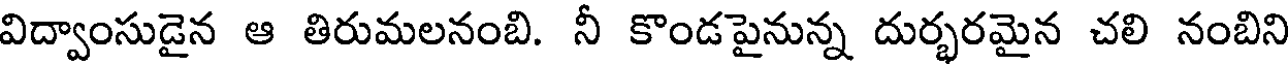
విద్వాంసుడైన ఆ తిరుమలనంబి. నీ కొండపైనున్న దుర్భరమైన చలి నంబిని